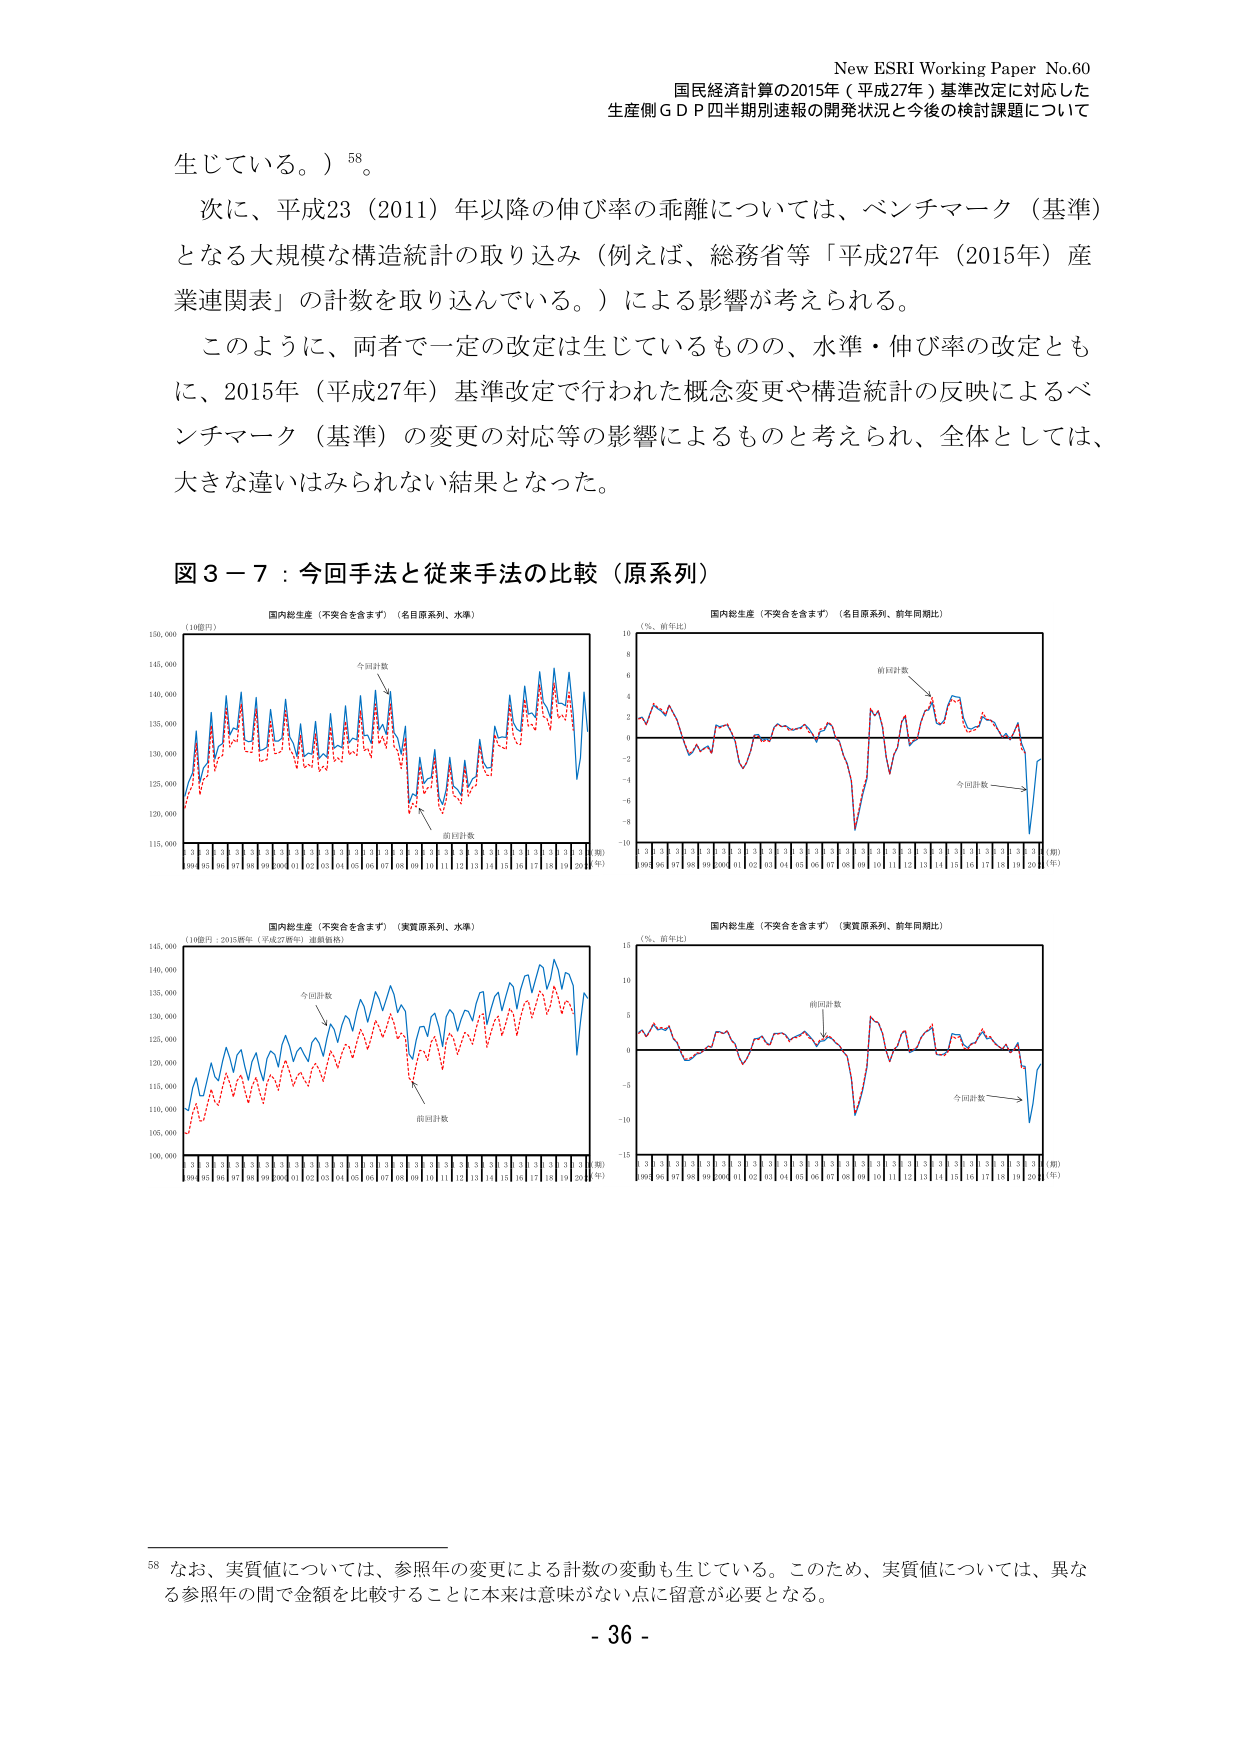
New ESRI Working Paper No.60
国民経済計算の2015年（平成27年）基準改定に対応した
生産側ＧＤＰ四半期別速報の開発状況と今後の検討課題について

生じている。）⁵⁸。
次に、平成23（2011）年以降の伸び率の乖離については、ベンチマーク（基準）
となる大規模な構造統計の取り込み（例えば、総務省等「平成27年（2015年）産
業連関表」の計数を取り込んでいる。）による影響が考えられる。
このように、両者で一定の改定は生じているものの、水準・伸び率の改定とも
に、2015年（平成27年）基準改定で行われた概念変更や構造統計の反映によるベ
ンチマーク（基準）の変更の対応等の影響によるものと考えられ、全体としては、
大きな違いはみられない結果となった。

図３－７：今回手法と従来手法の比較（原系列）

（10億円）
国内総生産（不突合を含まず）（名目原系列、水準）
今回計数
前回計数
90 91 92 93 94 95 96 97 98 99 00 01 02 03 04 05 06 07 08 09 10 11 12 13 14 15 16 17 18 19 20（年）
115,000
120,000
125,000
130,000
135,000
140,000
145,000
150,000

（％、前年比）
国内総生産（不突合を含まず）（名目原系列、前年同月比）
前回計数
今回計数
90 91 92 93 94 95 96 97 98 99 00 01 02 03 04 05 06 07 08 09 10 11 12 13 14 15 16 17 18 19 20（年）
-10
-8
-6
-4
-2
0
2
4
6
8
10

（10億円：2015基準（平成27基準）連鎖価格）
国内総生産（不突合を含まず）（実質原系列、水準）
今回計数
前回計数
90 91 92 93 94 95 96 97 98 99 00 01 02 03 04 05 06 07 08 09 10 11 12 13 14 15 16 17 18 19 20（年）
100,000
105,000
110,000
115,000
120,000
125,000
130,000
135,000
140,000
145,000

（％、前年比）
国内総生産（不突合を含まず）（実質原系列、前年同月比）
前回計数
今回計数
90 91 92 93 94 95 96 97 98 99 00 01 02 03 04 05 06 07 08 09 10 11 12 13 14 15 16 17 18 19 20（年）
-15
-10
-5
0
5
10
15

⁵⁸ なお、実質値については、参照年の変更による計数の変動も生じている。このため、実質値については、異な
る参照年の間で金額を比較することに本来は意味がない点に留意が必要となる。

- 36 -